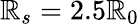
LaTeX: \mathbb{R}_{s}=2.5\mathbb{R}_{0}